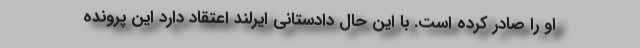
او را صادر کرده است. با این حال دادستانی ایرلند اعتقاد دارد این پرونده